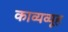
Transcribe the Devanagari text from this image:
काव्यव्यूह